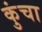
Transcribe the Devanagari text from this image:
कुंचा